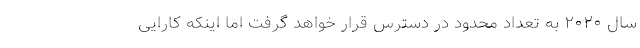
سال ۲۰۲۰ به تعداد محدود در دسترس قرار خواهد گرفت اما اینکه کارایی